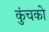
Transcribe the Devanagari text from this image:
कुंचको